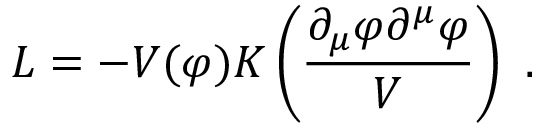
{ \cal L } = - V ( \varphi ) K \left( { \frac { \partial _ { \mu } \varphi \partial ^ { \mu } \varphi } { V } } \right) \ .